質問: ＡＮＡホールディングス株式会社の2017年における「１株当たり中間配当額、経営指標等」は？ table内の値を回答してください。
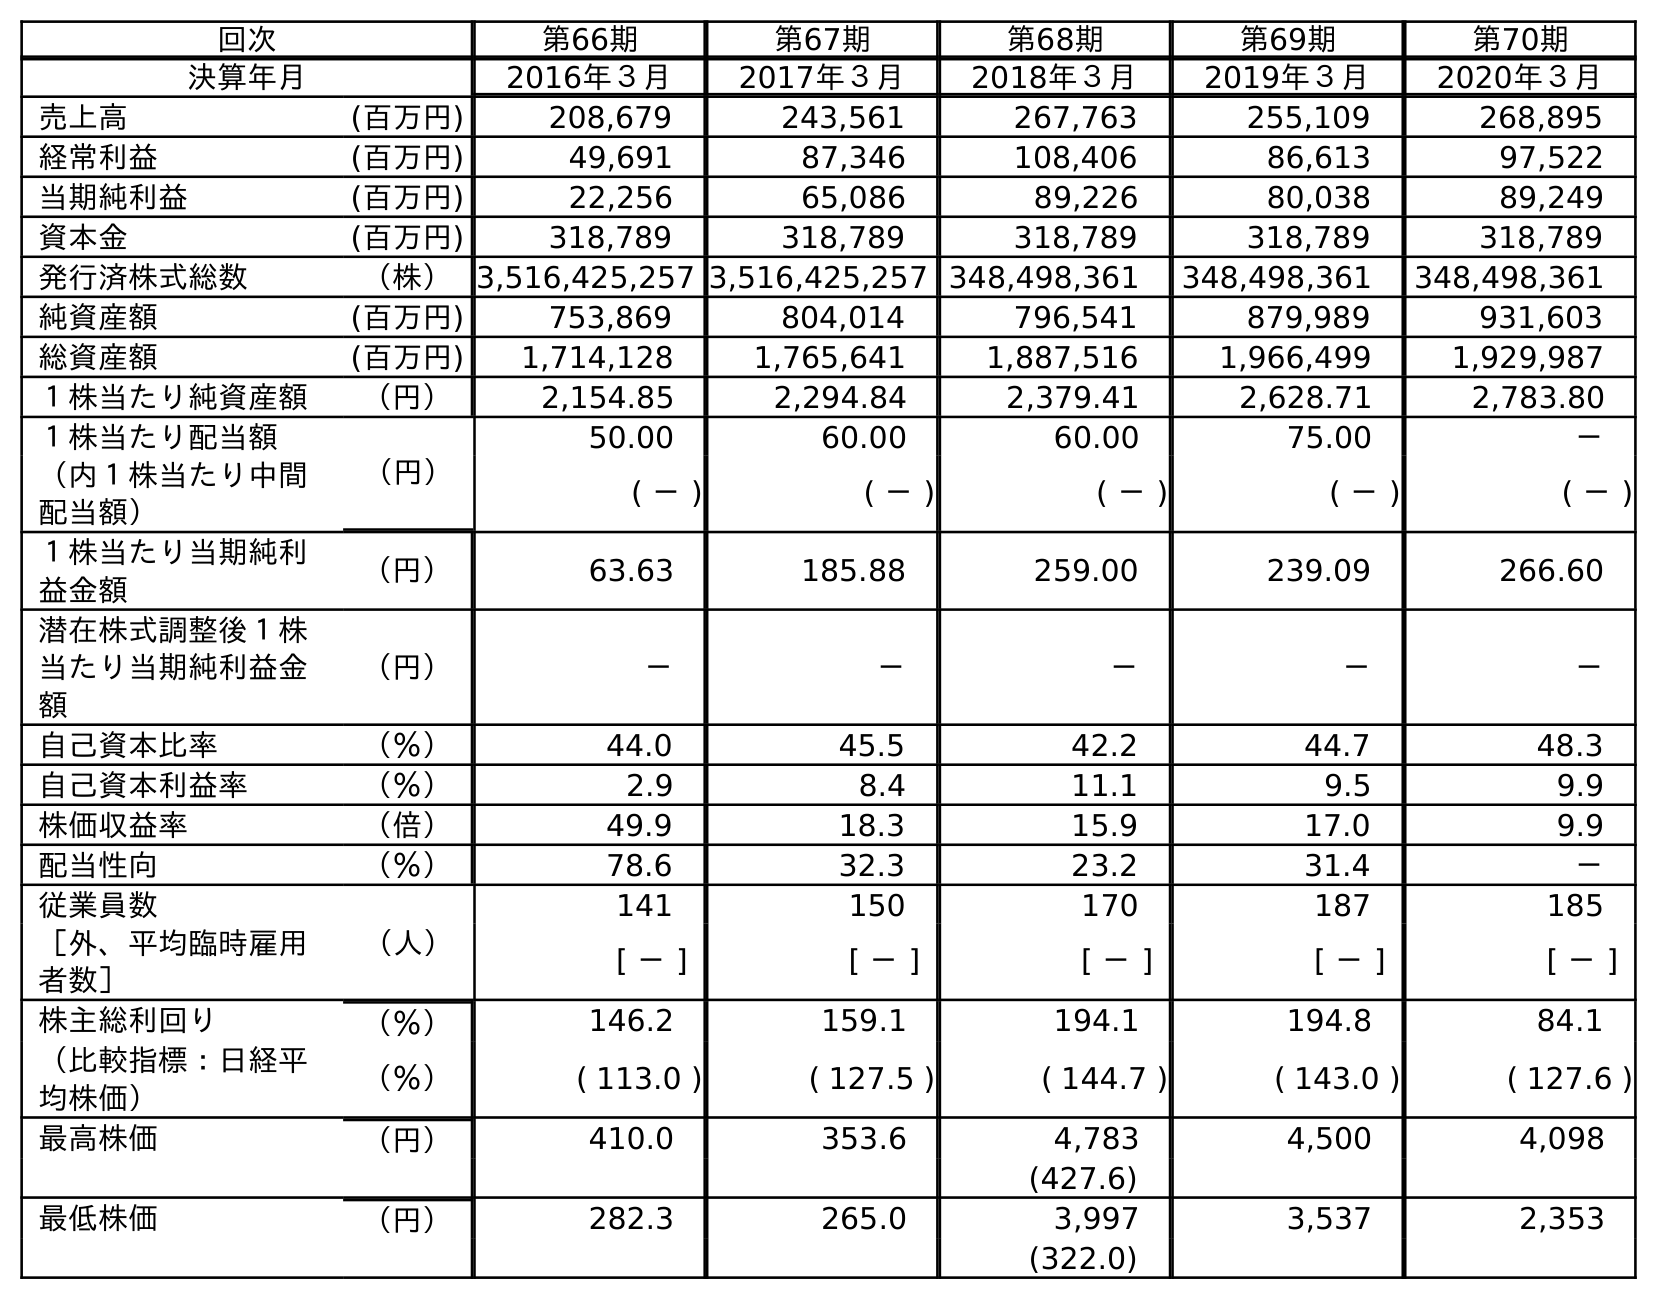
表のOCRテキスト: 回次 第66期 第67期 第68期 第69期 第70期 決算年月 2016年３月 2017年３月 2018年３月 2019年３月 2020年３月 売上高 (百万円) 208,679 243,561 267,763 255,109 268,895 経常利益 (百万円) 49,691 87,346 108,406 86,613 97,522 当期純利益 (百万円) 22,256 65,086 89,226 80,038 89,249 資本金 (百万円) 318,789 318,789 318,789 318,789 318,789 発行済株式総数 （株）3,516,425,257 3,516,425,257 348,498,361 348,498,361 348,498,361 純資産額 (百万円) 753,869 804,014 796,541 879,989 931,603 総資産額 (百万円) 1,714,128 1,765,641 1,887,516 1,966,499 1,929,987 １株当たり純資産額 （円） 2,154.85 2,294.84 2,379.41 2,628.71 2,783.80 １株当たり配当額 （円） 50.00 60.00 60.00 75.00 － （内１株当たり中間 配当額） ( － ) ( － ) ( － ) ( － ) ( － ) １株当たり当期純利 益金額 （円） 63.63 185.88 259.00 239.09 266.60 潜在株式調整後１株 当たり当期純利益金 額 （円） － － － － － 自己資本比率 （％） 44.0 45.5 42.2 44.7 48.3 自己資本利益率 （％） 2.9 8.4 11.1 9.5 9.9 株価収益率 （倍） 49.9 18.3 15.9 17.0 9.9 配当性向 （％） 78.6 32.3 23.2 31.4 － 従業員数 （人） 141 150 170 187 185 ［外、平均臨時雇用 者数］ [ － ] [ － ] [ － ] [ － ] [ － ] 株主総利回り （％） 146.2 159.1 194.1 194.8 84.1 （比較指標：日経平 均株価） （％） ( 113.0 ) ( 127.5 ) ( 144.7 ) ( 143.0 ) ( 127.6 ) 最高株価 （円） 410.0 353.6 4,783 4,500 4,098 (427.6) 最低株価 （円） 282.3 265.0 3,997 3,537 2,353 (322.0)
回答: (－)